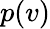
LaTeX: p(v)